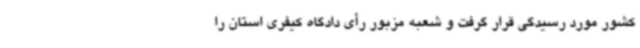
کشور مورد رسیدگی قرار گرفت و شعبه مزبور رأی دادگاه کیفری استان را